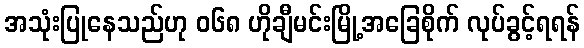
အသုံးပြုနေသည်ဟု ၀၆၈ ဟိုချီမင်းမြို့အခြေစိုက် လုပ်ခွင့်ရရန်